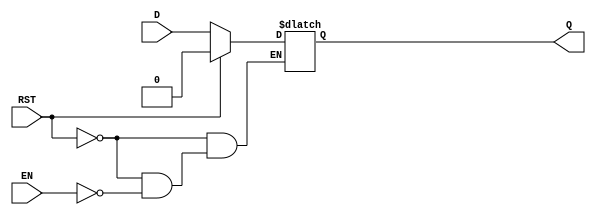
module async_register (
    input wire D,         // Data Input
    input wire EN,        // Enable
    input wire RST,       // Asynchronous Reset
    output reg Q          // Data Output
);

// Asynchronous logic for reset and enable
always @(*) begin
    if (RST) begin
        Q = 1'b0;        // Reset Q to 0
    end else if (EN) begin
        Q = D;           // Capture the input data D
    end
    // If RST is not active and EN is low, Q retains its previous value
end

endmodule